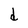
Character: d